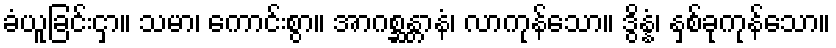
ခံယူခြင်းငှာ။ သမာ၊ ကောင်းစွာ။ အာဂစ္ဆန္တာနံ၊ လာကုန်သော။ ဒွိန္နံ၊ နှစ်ခုကုန်သော။